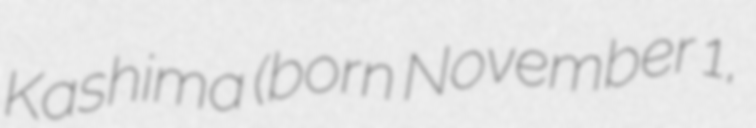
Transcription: Kashima (born November 1,